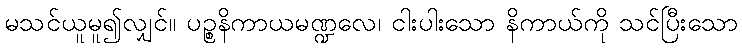
မသင်ယူမူ၍လျှင်။ ပဉ္စနိကာယမဏ္ဍလေ၊ ငါးပါးသော နိကာယ်ကို သင်ပြီးသော